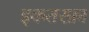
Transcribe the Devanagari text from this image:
इकतरफ़ा